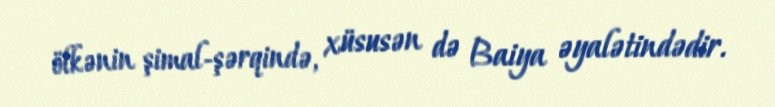
ölkənin şimal-şərqində, xüsusən də Baiya əyalətindədir.